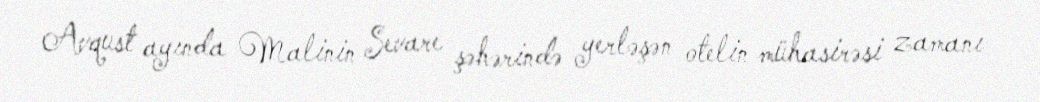
Avqust ayında Malinin Sevare şəhərində yerləşən otelin mühasirəsi zamanı